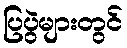
ပြပွဲများတွင်